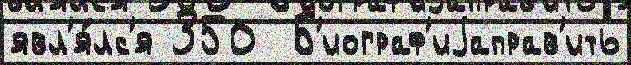
явл'я́лс'я 350  Б'иограф'иjаправ'ить